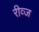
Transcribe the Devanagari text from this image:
रीव्ज